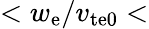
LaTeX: <w_{\mathrm{e}}/v_{\mathrm{te0}}<